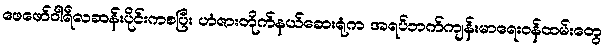
ဖေဖော်ဝါရီလဆန်းပိုင်းကစပြီး ဟံဇားတိုက်နယ်ဆေးရုံက အရပ်ဘက်ကျန်းမာရေးဝန်ထမ်းတွေ